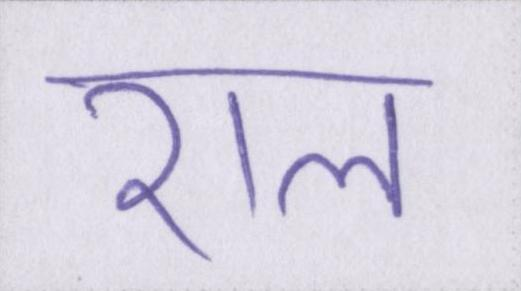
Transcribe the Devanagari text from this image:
राल